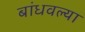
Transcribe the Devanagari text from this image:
बांधवल्या